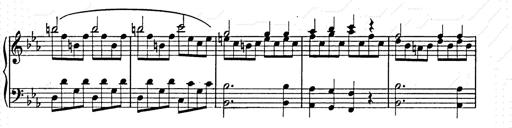
Title: Allegro di bravura
Composer: Carl Maria von Weber
Key: D major